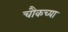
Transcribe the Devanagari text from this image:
चौकच्या